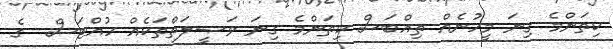
ކިތަންމެ ގިނަ މީހުނެއް ތިއްބަސް ކިތަންމެ ގިނަ ވަޞީލަތްތަކެއް ހުއްޓަސް  ގެ